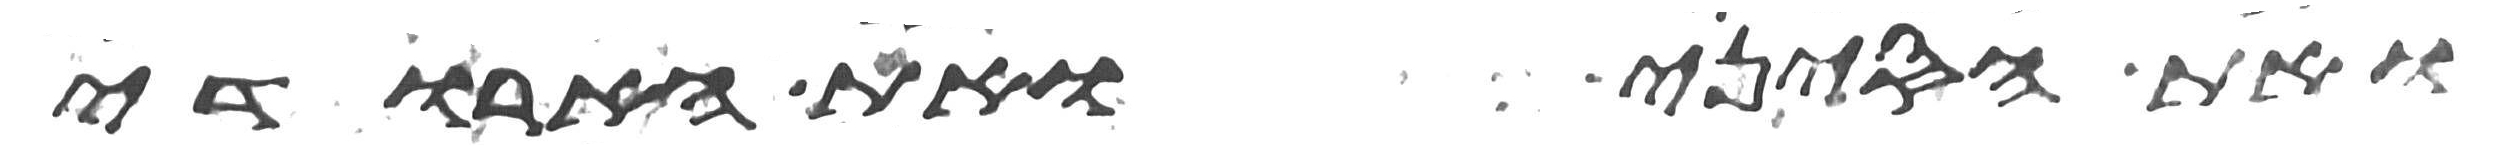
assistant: ואת הסיני ואת הארודי